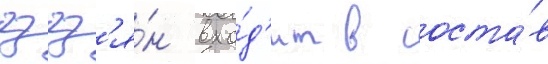
гзгз'я́н вхо́д'ит в соста́в